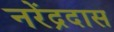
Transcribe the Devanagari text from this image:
नरेंद्रदास